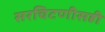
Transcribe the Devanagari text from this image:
सरचिटणीसही